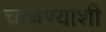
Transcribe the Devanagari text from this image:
चाचण्यांशी